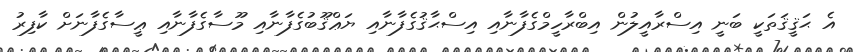
އެ ޙަޤީޤަތަކީ ބަނީ އިސްރާއީލުން އިބްރާހީމްގެފާނާއި އިސްޙާޤުގެފާނާއި ޔަޢްޤޫބުގެފާނާއި މޫސާގެފާނާއި ޢީސާގެފާނަށް ކާފިރު